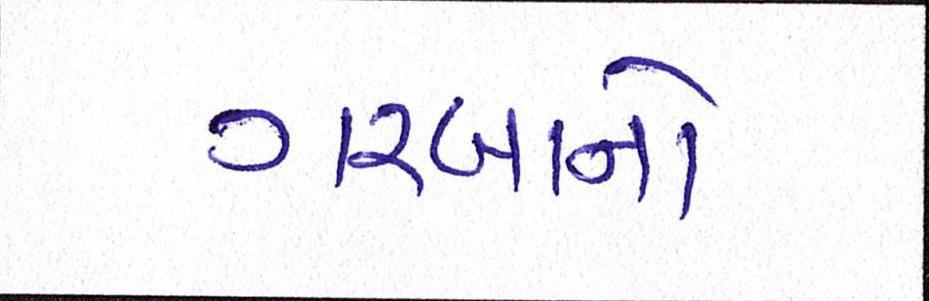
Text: ગરબાનો